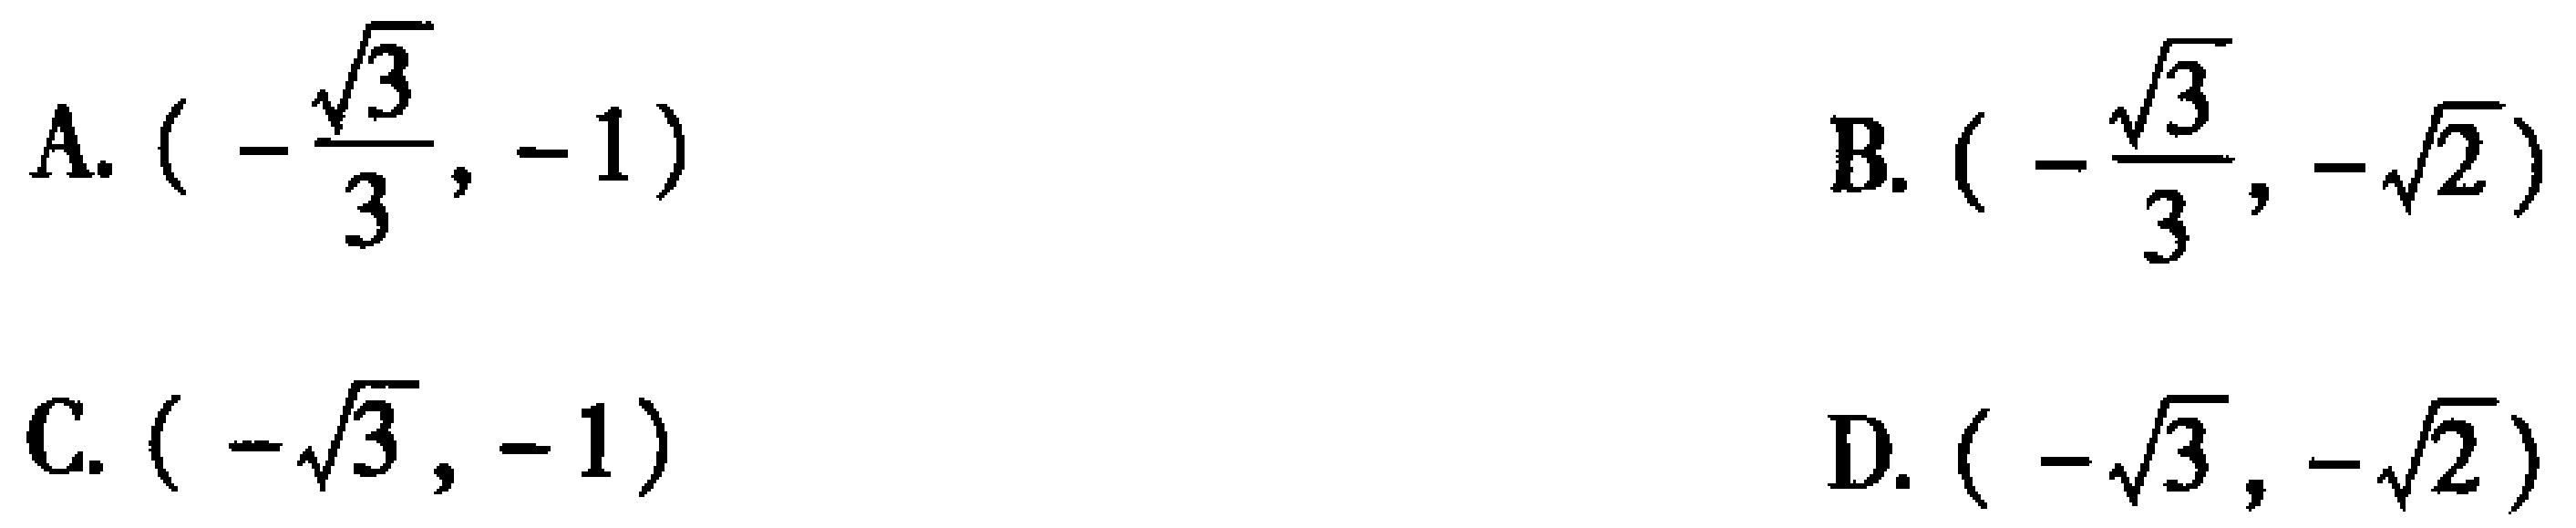
A. \((-\frac{\sqrt{3}}{3}, -1)\)
B. \((-\frac{\sqrt{3}}{3}, -\sqrt{2})\)
C. \((-\sqrt{3}, -1)\)
D. \((-\sqrt{3}, -\sqrt{2})\)